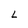
Character: L